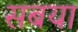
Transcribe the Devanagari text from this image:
सबया